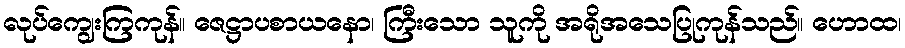
လုပ်ကျွေးကြကုန်။ ဇေဋ္ဌာပစာယနော၊ ကြီးသော သူကို အရိုအသေပြုကုန်သည်။ ဟောထ၊